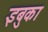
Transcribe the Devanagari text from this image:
इबुका